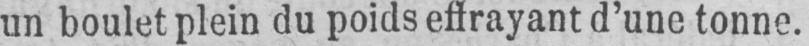
un boulet plein du poids effrayant d’une tonne.